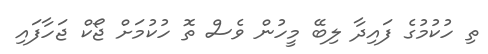
ތި ހުކުމުގެ ފައިދާ ލިބޭ މީހުން ވެސް ތޮ ހުކުމަށް ޖޯކް ޖަހާފައި